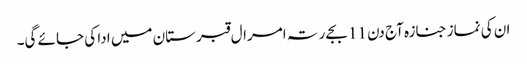
ان کی نماز جنازہ آج دن 11 بجے رتہ امرال قبرستان میں ادا کی جائے گی۔